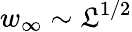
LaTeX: w_{\infty}\sim\mathfrak{L}^{1/2}